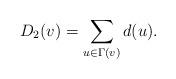
LaTeX: \begin{align*}D_2(v) = \sum _{u \in \Gamma(v)} d(u).\end{align*}